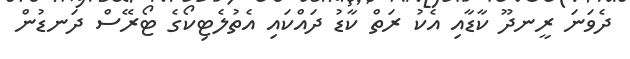
ދެވަނަ ރީނދޫ ކާޑާއި އެކު ރަތް ކާޑު ދައްކައި އެތުލެޓިކޯގެ ޓޯރޭސް ދަނޑުން